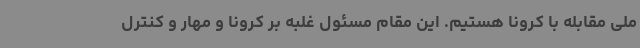
ملی مقابله با کرونا هستیم. این مقام مسئول غلبه بر کرونا و مهار و کنترل